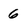
Character: 6